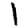
Digit: 1